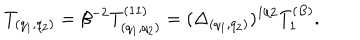
T _ { ( q _ { 1 } , q _ { 2 } ) } = \beta ^ { - 2 } T _ { ( q _ { 1 } , q _ { 2 } ) } ^ { ( 1 1 ) } = ( \Delta _ { ( q _ { 1 } , q _ { 2 } ) } ) ^ { 1 / 2 } T _ { 1 } ^ { ( B ) } .